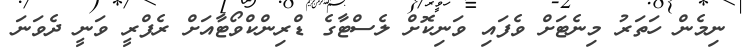
ނިމެން ހަތަރު މިނެޓަށް ވެފައި ވަނިކޮށް ލެސްޓާގެ ޑްރިންކްވޯޓާއަށް ރެފްރީ ވަނީ ދެވަނަ